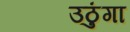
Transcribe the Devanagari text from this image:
उठुंगा